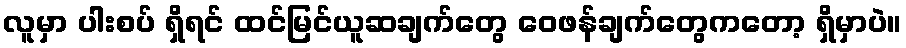
လူမှာ ပါးစပ် ရှိရင် ထင်မြင်ယူဆချက်တွေ ဝေဖန်ချက်တွေကတော့ ရှိမှာပဲ။